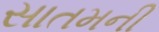
સાતમની